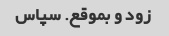
زود و بموقع. سپاس